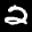
Label: 2